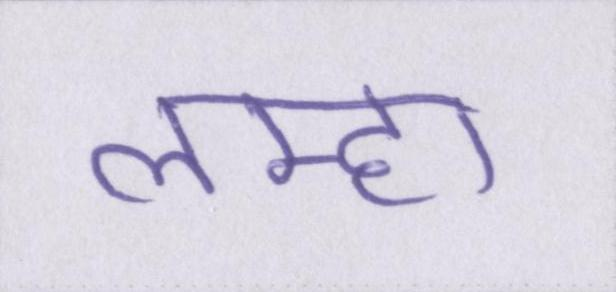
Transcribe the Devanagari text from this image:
लम्हा